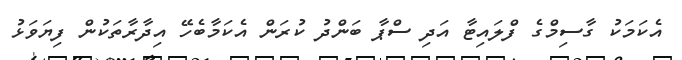
އެކަމަކު ގާސިމްގެ ފްލައިޓާ އަދި ސްޕާ ބަންދު ކުރަން އެކަމާބެހޭ އިދާރާތަކުން ފިޔަވަޅު